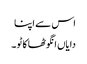
اس سے اپنا
دایاں انگوٹھا کاٹو ۔